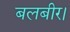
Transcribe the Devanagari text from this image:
बलबीर।